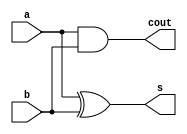
// Tell the simulator that we express delays at nanosecond granularity, and that
// it should track timing at picosecond granularity.
`timescale 1ns / 1ps

// prevents undeclared wires from being inferred
`default_nettype none

/* A half-adder that adds two 1-bit numbers and produces a 2-bit result (as sum
 * and carry-out) */
module halfadder(input wire  a,
                 input wire  b,
                 output wire s,
                 output wire cout);
   assign s = a ^ b;
   assign cout = a & b; 
endmodule

/* A full adder adds three 1-bit numbers (a, b, carry-in) and produces a 2-bit
 * result (as sum and carry-out) */
module fulladder(input wire  cin,
                 input wire  a,
                 input wire  b,
                 output wire s,
                 output wire cout);

   wire s_tmp, cout_tmp1, cout_tmp2; 
   halfadder h0(.a(a), .b(b), .s(s_tmp), .cout(cout_tmp1));
   halfadder h1(.a(s_tmp), .b(cin), .s(s), .cout(cout_tmp2));
   assign cout = cout_tmp1 | cout_tmp2; 
endmodule

/* A full adder that adds 2-bit numbers. Builds upon the 1-bit full adder. */
module fulladder2(input wire        cin,
                  input wire  [1:0] a,
                  input wire  [1:0] b,
                  output wire [1:0] s,
                  output wire       cout);
   
   wire cout_tmp; 
   fulladder a0(.cin(cin), .a(a[0]), .b(b[0]), .s(s[0]), .cout(cout_tmp));
   fulladder a1(.cin(cout_tmp), .a(a[1]), .b(b[1]), .s(s[1]), .cout(cout));
endmodule

/* 4-bit ripple-carry adder that adds two 4-bit numbers (taken from the
 * ZedBoard's switches) and produces a 4-bit result (displayed on the ZedBoard's
 * LEDs) */
module rca4(input wire  [7:0] SWITCH,
            output wire [7:0] LED);
   wire cout0; 
   fulladder2 a0(.cin(1'b0), .a(SWITCH[1:0]), .b(SWITCH[5:4]), .s(LED[1:0]), .cout(cout0));
   fulladder2 a1(.cin(cout0), .a(SWITCH[3:2]), .b(SWITCH[7:6]), .s(LED[3:2]), .cout());
   assign LED[7:4] = 4'b0;
endmodule